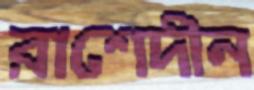
রাশেদীন